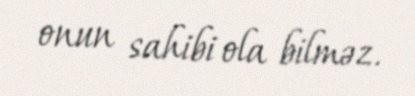
onun sahibi ola bilməz.